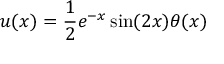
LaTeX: u ( x ) = { \frac { 1 } { 2 } } e ^ { - x } \sin ( 2 x ) \theta ( x )